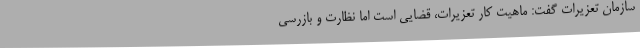
سازمان تعزیرات گفت: ماهیت کار تعزیرات، قضایی است اما نظارت و بازرسی